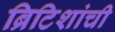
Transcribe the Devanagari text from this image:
ब्रिटिशांची